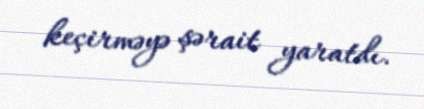
keçirməyə şərait yaratdı.